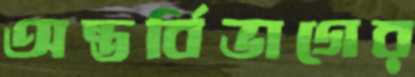
অন্তর্বিভাগের